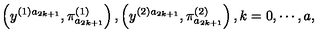
\left( y ^ { ( 1 ) a _ { 2 k + 1 } } , \pi _ { a _ { 2 k + 1 } } ^ { ( 1 ) } \right) , \left( y ^ { ( 2 ) a _ { 2 k + 1 } } , \pi _ { a _ { 2 k + 1 } } ^ { ( 2 ) } \right) , k = 0 , \cdots , a ,